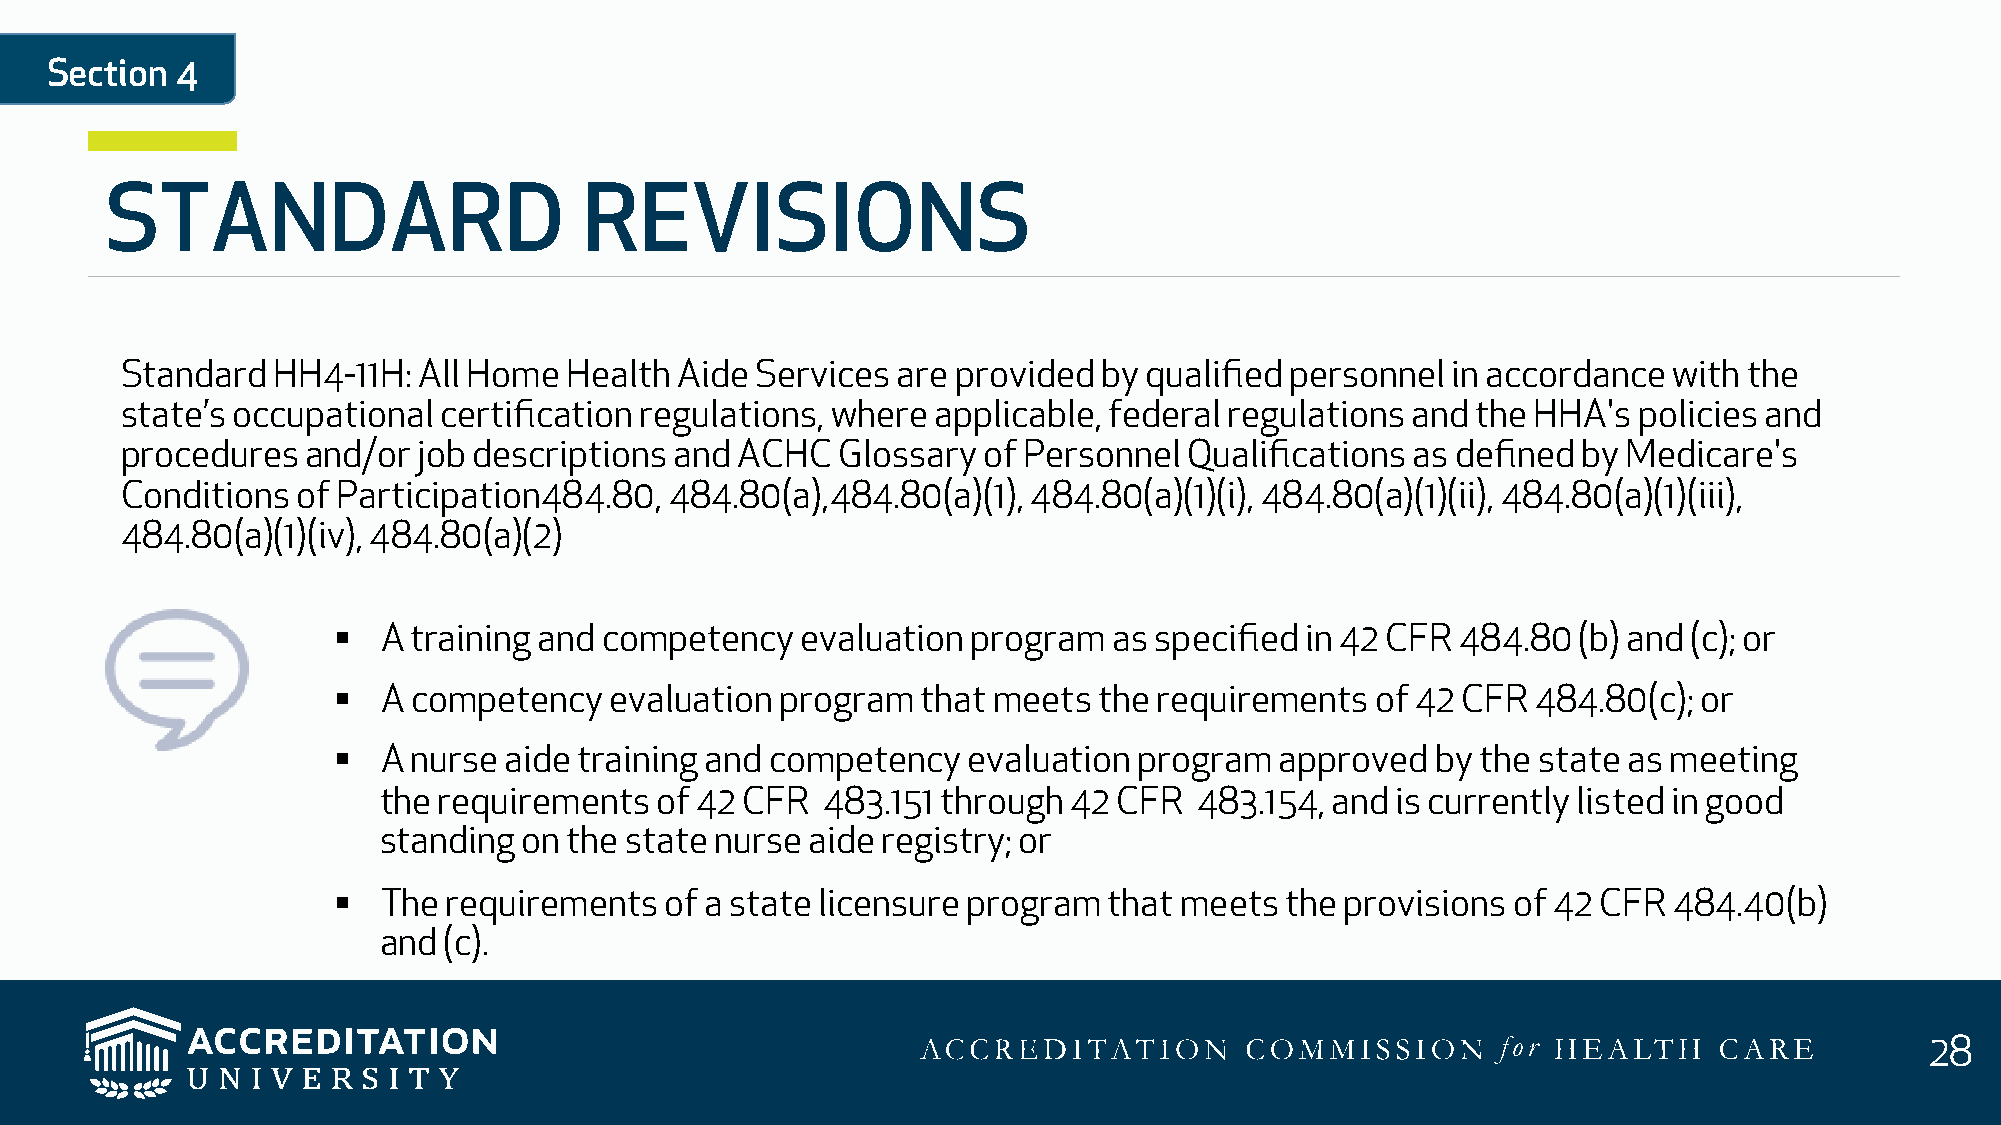
Section  4
 STANDARD                        REVISIONS
 Standard  HH4-11H:  All Home Health  Aide Services are provided  by qualified personnel in accordance  with the
 state’s occupational certification regulations, where applicable, federal regulations and the HHA's policies and
 procedures  and/or  job descriptions and ACHC   Glossary of Personnel  Qualifications as defined by Medicare's
 Conditions  of Participation484.80, 484.80(a),484.80(a)(1), 484.80(a)(1)(i), 484.80(a)(1)(ii), 484.80(a)(1)(iii),
 484.80(a)(1)(iv), 484.80(a)(2)
 §  A training and competency   evaluation program   as specified in 42 CFR 484.80  (b) and (c); or
 §  A competency   evaluation  program  that meets  the requirements  of 42 CFR  484.80(c); or
 §  A nurse aide training and competency   evaluation program   approved  by the state as meeting
 the requirements  of 42 CFR  483.151 through  42 CFR  483.154, and is currently listed in good
 standing  on the state nurse aide registry; or
 §  The  requirements  of a state licensure program that meets  the provisions of 42 CFR  484.40(b)
 and (c).
 28